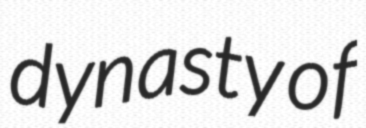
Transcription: dynasty of